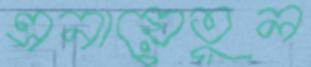
এনায়েতুল